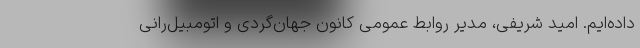
داده‌ایم. امید شریفی، مدیر روابط عمومی کانون جهان‌گردی و اتومبیل‌رانی